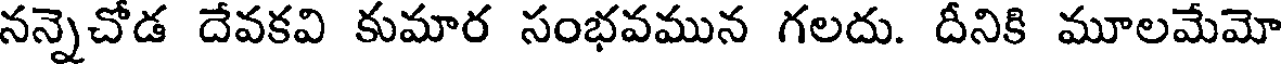
నన్నెచోడ దేవకవి కుమార సంభవమున గలదు. దీనికి మూలమేమో